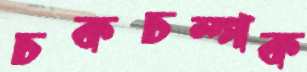
চকচম্পক